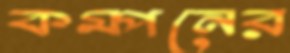
কম্পনের